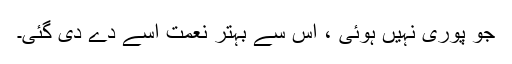
جو پوری نہیں ہوئی ، اس سے بہتر نعمت اسے دے دی گئی۔